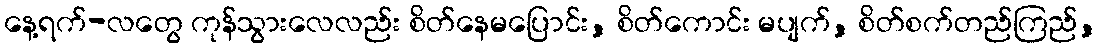
နေ့ရက်-လတွေ ကုန်သွားလေလည်း စိတ်နေမပြောင်း, စိတ်ကောင်း မပျက်, စိတ်စက်တည်ကြည်,